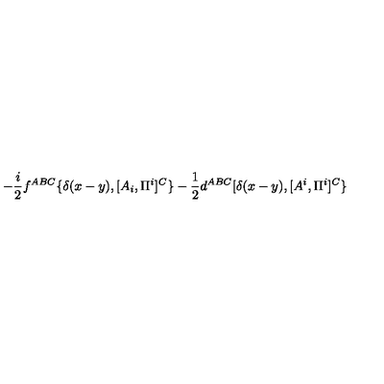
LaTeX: - { \frac { i } { 2 } } f ^ { A B C } \{ \delta ( x - y ) , [ A _ { i } , \Pi ^ { i } ] ^ { C } \} - { \frac { 1 } { 2 } } d ^ { A B C } [ \delta ( x - y ) , [ A ^ { i } , \Pi ^ { i } ] ^ { C } \}